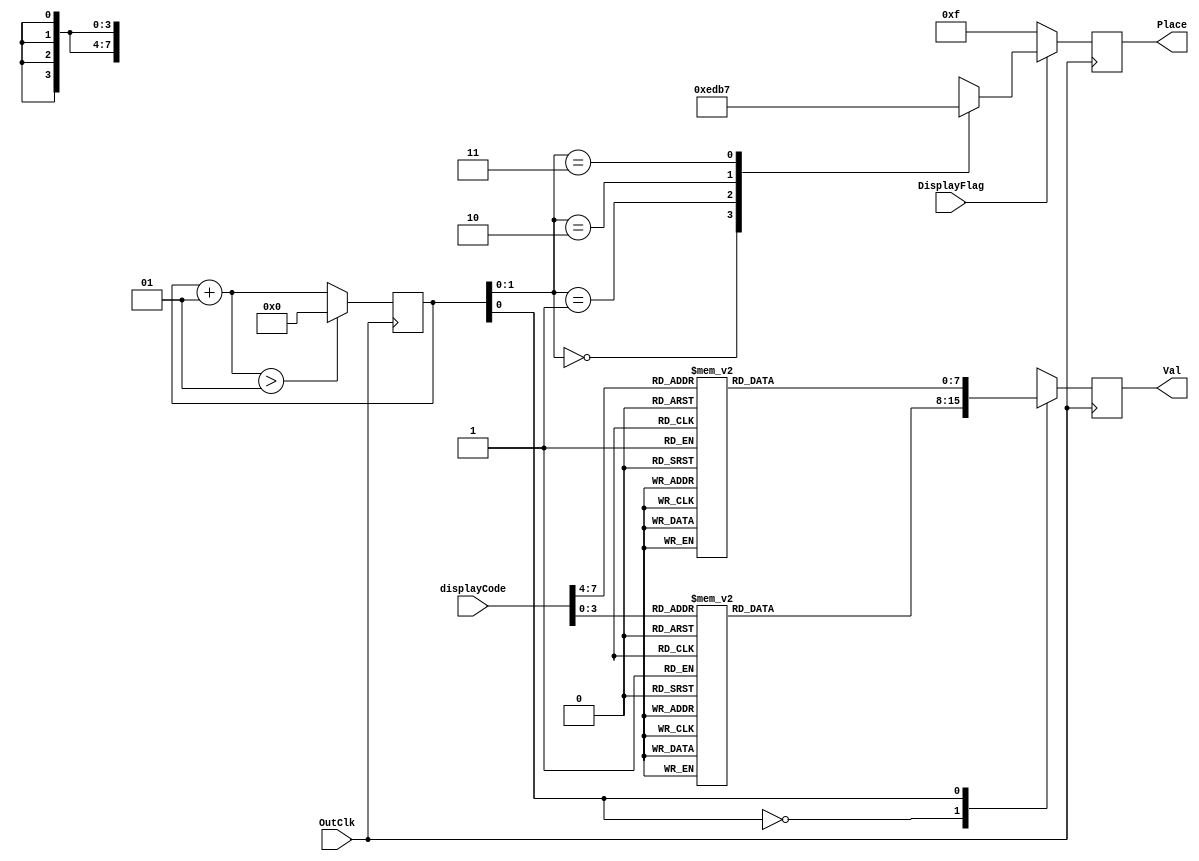
`define dig0 displayCode[3:0]
`define dig1 displayCode[7:4]
module HexTo7Segment (displayCode, Val, Place, OutClk, DisplayFlag);
input OutClk, DisplayFlag;
input [7:0] displayCode;
output reg [7:0] Val;
output reg [3:0] Place;

reg [7:0] seven [1:0];
// All numbers include the decimal point to differenciate from
// the letters
parameter seven0 = 8'b10000000, seven1 = 8'b11110010, seven2 = 8'b01001000, 
    seven3 = 8'b01100000, seven4 = 8'b00110010, seven5 = 8'b00100100, seven6 = 8'b00000100,
    seven7 = 8'b11110000, seven8 = 8'b00000000, seven9 = 8'b00100000, sevenDefault = 8'b11111111, 
    sevenA = 8'b00010001, sevenB = 8'b00000001, sevenC = 8'b10001101, sevenD = 8'b10000001,
    sevenE = 8'b00001101, sevenF = 8'b00011101;

wire [3:0] select [3:0];
integer i = 0;

assign select[0] = 4'b1110;
assign select[1] = 4'b1101;
assign select[2] = 4'b1011;
assign select[3] = 4'b0111;

//A is MSB, G is LSB
always @(displayCode)begin
//case (Thous)
//	0 : seven[3] = seven0;
//	1 : seven[3] = seven1;
//	2 : seven[3] = seven2;
//	3 : seven[3] = seven3;
//	4 : seven[3] = seven4;
//	5 : seven[3] = seven5;
//	6 : seven[3] = seven6;
//	7 : seven[3] = seven7;
//	8 : seven[3] = seven8;
//	9 : seven[3] = seven9;
//	10: seven[3] = sevenA;
//	11: seven[3] = sevenB;
//	12: seven[3] = sevenC;
//	13: seven[3] = sevenD;
//	14: seven[3] = sevenE;
//	15: seven[3] = sevenF;
//	default: seven[3] = sevenDefault;
//endcase
//case (Hund)
//	0 : seven[2] = seven0;
//	1 : seven[2] = seven1;
//	2 : seven[2] = seven2;
//	3 : seven[2] = seven3;
//	4 : seven[2] = seven4;
//	5 : seven[2] = seven5;
//	6 : seven[2] = seven6;
//	7 : seven[2] = seven7;
//	8 : seven[2] = seven8;
//	9 : seven[2] = seven9;
//	10: seven[2] = sevenA;
//	11: seven[2] = sevenB;
//	12: seven[2] = sevenC;
//	13: seven[2] = sevenD;
//	14: seven[2] = sevenE;
//	15: seven[2] = sevenF;
//	default: seven[2] = sevenDefault;
//endcase
case (`dig1)
	0 : seven[1] = seven0;
	1 : seven[1] = seven1;
	2 : seven[1] = seven2;
	3 : seven[1] = seven3;
	4 : seven[1] = seven4;
	5 : seven[1] = seven5;
	6 : seven[1] = seven6;
	7 : seven[1] = seven7;
	8 : seven[1] = seven8;
	9 : seven[1] = seven9;
	10: seven[1] = sevenA;
	11: seven[1] = sevenB;
	12: seven[1] = sevenC;
	13: seven[1] = sevenD;
	14: seven[1] = sevenE;
	15: seven[1] = sevenF;
	default: seven[1] = sevenDefault;
endcase
case (`dig0)
	0 : seven[0] = seven0;
	1 : seven[0] = seven1;
	2 : seven[0] = seven2;
	3 : seven[0] = seven3;
	4 : seven[0] = seven4;
	5 : seven[0] = seven5;
	6 : seven[0] = seven6;
	7 : seven[0] = seven7;
	8 : seven[0] = seven8;
	9 : seven[0] = seven9;
	10: seven[0] = sevenA;
	11: seven[0] = sevenB;
	12: seven[0] = sevenC;
	13: seven[0] = sevenD;
	14: seven[0] = sevenE;
	15: seven[0] = sevenF;
	default: seven[0] = sevenDefault;
endcase
end

always @(posedge OutClk)begin
	Val = seven[i];
	if(DisplayFlag)begin
	Place = select[i];
	end
	else begin
	Place = 4'b1111;
	end
	i = i + 1;
	if(i > 1)begin // only printing to the first two
		i = 0;
		end
	else begin
		i = i;
		end
end
endmodule